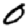
Digit: 0